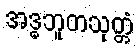
အဒ္ဓဘူတသုတ္တံ